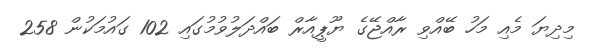
މިދިޔަ މެއި މަހު ބޭއްވި ރާއްޖޭގެ ޔޫޕީއާރް ބައްދަލުވުމުގައި 102 ގައުމަކުން 258